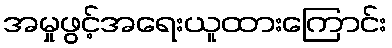
အမှုဖွင့်အရေးယူထားကြောင်း